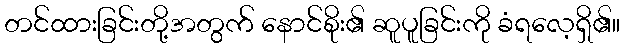
တင်ထားခြင်းတို့အတွက် နောင်စိုး၏ ဆူပူခြင်းကို ခံရလေ့ရှိ၏။